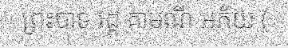
ព្រះបាទ វដ្ត គាមណី អភ័យ (